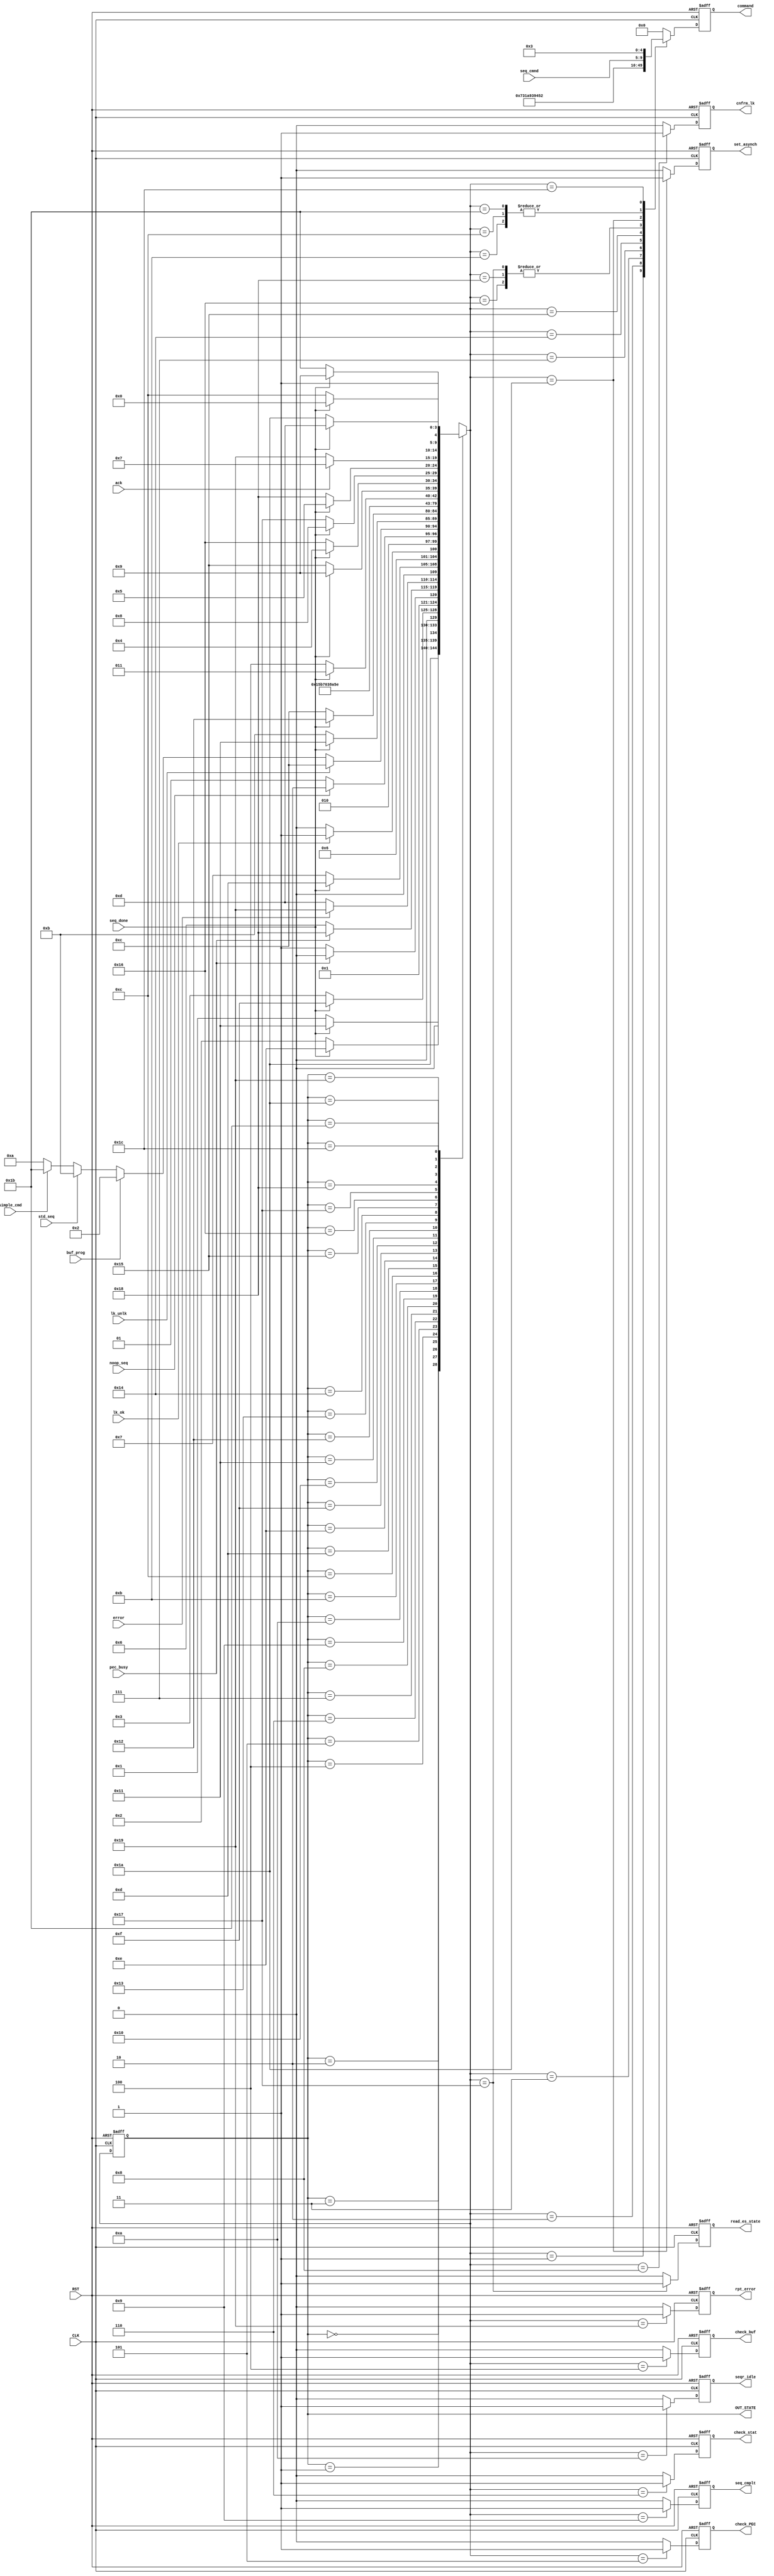

// Created by fizzim_tmr.pl version $Revision: 4.44 on 2014:08:25 at 17:18:37 (www.fizzim.com)

module BPI_sequencer_FSM (
  output reg check_PEC,
  output reg check_buf,
  output reg check_stat,
  output reg cnfrm_lk,
  output reg [4:0] command,
  output reg read_es_state,
  output reg rpt_error,
  output reg seq_cmplt,
  output reg seqr_idle,
  output reg set_asynch,
  output wire [4:0] OUT_STATE,
  input CLK,
  input RST,
  input ack,
  input buf_prog,
  input error,
  input lk_ok,
  input lk_unlk,
  input noop_seq,
  input pec_busy,
  input wire [4:0] seq_cmnd,
  input seq_done,
  input simple_cmd,
  input std_seq 
);

  // Inserted from attribute insert_at_top_of_module:
  localparam // commands 
  	NoOp            = 5'h00, 
  	Write_1         = 5'h01, 
  	Read_1          = 5'h02, 
  	Write_n         = 5'h03, 
  	Read_n          = 5'h04, 
  	Read_Array      = 5'h05, 
  	Read_Status_Reg = 5'h06, 
  	Read_Elec_Sig   = 5'h07, 
  	Read_CFI_Qry    = 5'h08, 
  	Clr_Status_Reg  = 5'h09, 
  	Block_Erase     = 5'h0A, 
  	Program         = 5'h0B, 
  	Buffer_Program  = 5'h0C, 
  	Buf_Prog_Wrt_n  = 5'h0D, 
  	Buf_Prog_Conf   = 5'h0E, 
  	PE_Susp         = 5'h0F, 
  	PE_Resume       = 5'h10, 
  	Prot_Reg_Prog   = 5'h11, 
  	Set_Cnfg_Reg    = 5'h12, 
  	Block_Lock      = 5'h13, 
  	Block_UnLock    = 5'h14, 
  	Block_Lock_Down = 5'h15, 
  	Blank_Check     = 5'h16, 
  	Load_Address    = 5'h17, 
  	Unassigned      = 5'h18, 
  	Start_Timer     = 5'h19, 
  	Stop_Timer      = 5'h1A, 
  	Reset_Timer     = 5'h1B, 
  	Clr_BPI_Status  = 5'h1C; 

  // state bits
  parameter 
  Reset         = 5'b00000, 
  Buf_Prg_Cnf   = 5'b00001, 
  Buf_Prog      = 5'b00010, 
  Buf_Prog_n    = 5'b00011, 
  Check_Buf     = 5'b00100, 
  Check_PEC     = 5'b00101, 
  Check_Stat    = 5'b00110, 
  Clr_SR        = 5'b00111, 
  Cnfrm_LK      = 5'b01000, 
  Complete      = 5'b01001, 
  Idle          = 5'b01010, 
  Issue_Cmd     = 5'b01011, 
  Issue_LK_UnLK = 5'b01100, 
  NoOp1         = 5'b01101, 
  NoOp2         = 5'b01110, 
  NoOp3         = 5'b01111, 
  NoOp4         = 5'b10000, 
  NoOp5         = 5'b10001, 
  NoOp6         = 5'b10010, 
  NoOp7         = 5'b10011, 
  RES_mode      = 5'b10100, 
  Rd_Array_Mode = 5'b10101, 
  Read_Buf_Stat = 5'b10110, 
  Read_ES       = 5'b10111, 
  Read_Status   = 5'b11000, 
  Rpt_Error     = 5'b11001, 
  Set_Asynch    = 5'b11010, 
  Simple_Cmd    = 5'b11011, 
  Write_n_Wrds  = 5'b11100; 

  reg [4:0] state;

  assign OUT_STATE = state;

  reg [4:0] nextstate;


  // comb always block
  always @* begin
    nextstate = 5'bxxxxx; // default to x because default_state_is_x is set
    case (state)
      Reset        :                       nextstate = Set_Asynch;
      Buf_Prg_Cnf  : if      (seq_done)    nextstate = NoOp5;
                     else                  nextstate = Buf_Prg_Cnf;
      Buf_Prog     : if      (seq_done)    nextstate = NoOp2;
                     else                  nextstate = Buf_Prog;
      Buf_Prog_n   : if      (seq_done)    nextstate = NoOp3;
                     else                  nextstate = Buf_Prog_n;
      Check_Buf    : if      (pec_busy)    nextstate = Buf_Prog;
                     else                  nextstate = Buf_Prog_n;
      Check_PEC    : if      (pec_busy)    nextstate = Read_Status;
                     else                  nextstate = Check_Stat;
      Check_Stat   : if      (error)       nextstate = Rpt_Error;
                     else                  nextstate = NoOp1;
      Clr_SR       : if      (seq_done)    nextstate = NoOp1;
                     else                  nextstate = Clr_SR;
      Cnfrm_LK     : if      (lk_ok)       nextstate = NoOp1;
                     else                  nextstate = Issue_LK_UnLK;
      Complete     : if      (noop_seq)    nextstate = Idle;
                     else                  nextstate = Complete;
      Idle         : if      (lk_unlk)     nextstate = Issue_LK_UnLK;
                     else if (buf_prog)    nextstate = Buf_Prog;
                     else if (std_seq)     nextstate = Issue_Cmd;
                     else if (simple_cmd)  nextstate = Simple_Cmd;
                     else                  nextstate = Idle;
      Issue_Cmd    : if      (seq_done)    nextstate = NoOp5;
                     else                  nextstate = Issue_Cmd;
      Issue_LK_UnLK: if      (seq_done)    nextstate = NoOp6;
                     else                  nextstate = Issue_LK_UnLK;
      NoOp1        :                       nextstate = Rd_Array_Mode;
      NoOp2        :                       nextstate = Read_Buf_Stat;
      NoOp3        :                       nextstate = Write_n_Wrds;
      NoOp4        :                       nextstate = Buf_Prg_Cnf;
      NoOp5        :                       nextstate = Read_Status;
      NoOp6        :                       nextstate = RES_mode;
      NoOp7        :                       nextstate = Read_ES;
      RES_mode     : if      (seq_done)    nextstate = NoOp7;
                     else                  nextstate = RES_mode;
      Rd_Array_Mode: if      (seq_done)    nextstate = Complete;
                     else                  nextstate = Rd_Array_Mode;
      Read_Buf_Stat: if      (seq_done)    nextstate = Check_Buf;
                     else                  nextstate = Read_Buf_Stat;
      Read_ES      : if      (seq_done)    nextstate = Cnfrm_LK;
                     else                  nextstate = Read_ES;
      Read_Status  : if      (seq_done)    nextstate = Check_PEC;
                     else                  nextstate = Read_Status;
      Rpt_Error    : if      (ack)         nextstate = Clr_SR;
                     else                  nextstate = Rpt_Error;
      Set_Asynch   : if      (seq_done)    nextstate = NoOp1;
                     else                  nextstate = Set_Asynch;
      Simple_Cmd   : if      (seq_done)    nextstate = Complete;
                     else                  nextstate = Simple_Cmd;
      Write_n_Wrds : if      (seq_done)    nextstate = NoOp4;
                     else                  nextstate = Write_n_Wrds;
    endcase
  end

  // Assign reg'd outputs to state bits

  // sequential always block
  always @(posedge CLK or posedge RST) begin
    if (RST)
      state <= Reset;
    else
      state <= nextstate;
  end

  // datapath sequential always block
  always @(posedge CLK or posedge RST) begin
    if (RST) begin
      check_PEC <= 0;
      check_buf <= 0;
      check_stat <= 0;
      cnfrm_lk <= 0;
      command <= 5'b00000;
      read_es_state <= 0;
      rpt_error <= 0;
      seq_cmplt <= 0;
      seqr_idle <= 0;
      set_asynch <= 0;
    end
    else begin
      check_PEC <= 0; // default
      check_buf <= 0; // default
      check_stat <= 0; // default
      cnfrm_lk <= 0; // default
      command <= 5'b00000; // default
      read_es_state <= 0; // default
      rpt_error <= 0; // default
      seq_cmplt <= 0; // default
      seqr_idle <= 0; // default
      set_asynch <= 0; // default
      case (nextstate)
        Buf_Prg_Cnf  :        command <= Buf_Prog_Conf;
        Buf_Prog     :        command <= Buffer_Program;
        Buf_Prog_n   :        command <= Buf_Prog_Wrt_n;
        Check_Buf    :        check_buf <= 1;
        Check_PEC    :        check_PEC <= 1;
        Check_Stat   :        check_stat <= 1;
        Clr_SR       :        command <= Clr_Status_Reg;
        Cnfrm_LK     :        cnfrm_lk <= 1;
        Complete     :        seq_cmplt <= 1;
        Idle         :        seqr_idle <= 1;
        Issue_Cmd    :        command <= seq_cmnd;
        Issue_LK_UnLK:        command <= seq_cmnd;
        RES_mode     :        command <= Read_Elec_Sig;
        Rd_Array_Mode:        command <= Read_Array;
        Read_Buf_Stat:        command <= Read_1;
        Read_ES      : begin
                              command <= Read_1;
                              read_es_state <= 1;
        end
        Read_Status  :        command <= Read_1;
        Rpt_Error    :        rpt_error <= 1;
        Set_Asynch   : begin
                              command <= Set_Cnfg_Reg;
                              set_asynch <= 1;
        end
        Simple_Cmd   :        command <= seq_cmnd;
        Write_n_Wrds :        command <= Write_n;
      endcase
    end
  end

  // This code allows you to see state names in simulation
  `ifndef SYNTHESIS
  reg [103:0] statename;
  always @* begin
    case (state)
      Reset        : statename = "Reset";
      Buf_Prg_Cnf  : statename = "Buf_Prg_Cnf";
      Buf_Prog     : statename = "Buf_Prog";
      Buf_Prog_n   : statename = "Buf_Prog_n";
      Check_Buf    : statename = "Check_Buf";
      Check_PEC    : statename = "Check_PEC";
      Check_Stat   : statename = "Check_Stat";
      Clr_SR       : statename = "Clr_SR";
      Cnfrm_LK     : statename = "Cnfrm_LK";
      Complete     : statename = "Complete";
      Idle         : statename = "Idle";
      Issue_Cmd    : statename = "Issue_Cmd";
      Issue_LK_UnLK: statename = "Issue_LK_UnLK";
      NoOp1        : statename = "NoOp1";
      NoOp2        : statename = "NoOp2";
      NoOp3        : statename = "NoOp3";
      NoOp4        : statename = "NoOp4";
      NoOp5        : statename = "NoOp5";
      NoOp6        : statename = "NoOp6";
      NoOp7        : statename = "NoOp7";
      RES_mode     : statename = "RES_mode";
      Rd_Array_Mode: statename = "Rd_Array_Mode";
      Read_Buf_Stat: statename = "Read_Buf_Stat";
      Read_ES      : statename = "Read_ES";
      Read_Status  : statename = "Read_Status";
      Rpt_Error    : statename = "Rpt_Error";
      Set_Asynch   : statename = "Set_Asynch";
      Simple_Cmd   : statename = "Simple_Cmd";
      Write_n_Wrds : statename = "Write_n_Wrds";
      default      : statename = "XXXXXXXXXXXXX";
    endcase
  end
  `endif

endmodule